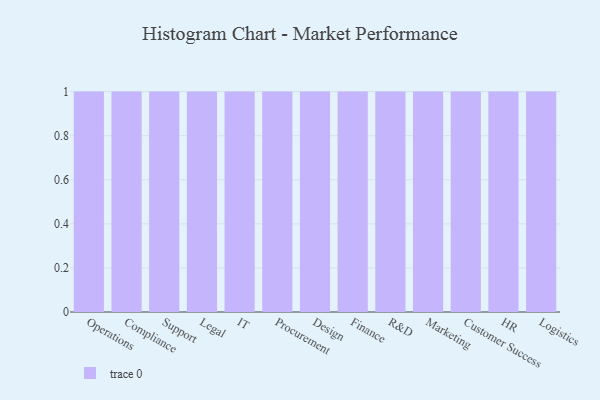
{"axis": {"x": "Department", "y": "Shipments"}, "legend": [""], "data": [{"x": "Operations", "y": 18, "type": ""}, {"x": "Compliance", "y": 43, "type": ""}, {"x": "Support", "y": 45, "type": ""}, {"x": "Legal", "y": 1, "type": ""}, {"x": "IT", "y": 19, "type": ""}, {"x": "Procurement", "y": 5, "type": ""}, {"x": "Design", "y": 95, "type": ""}, {"x": "Finance", "y": 3, "type": ""}, {"x": "R&D", "y": 44, "type": ""}, {"x": "Marketing", "y": 66, "type": ""}, {"x": "Customer Success", "y": 32, "type": ""}, {"x": "HR", "y": 38, "type": ""}, {"x": "Logistics", "y": 42, "type": ""}]}